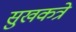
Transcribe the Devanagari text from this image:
सुखकत्रे